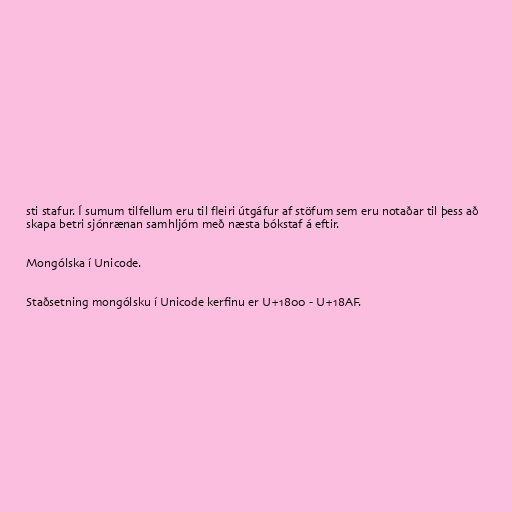
sti stafur. Í sumum tilfellum eru til fleiri útgáfur af stöfum sem eru notaðar til þess að
skapa betri sjónrænan samhljóm með næsta bókstaf á eftir.

Mongólska í Unicode.

Staðsetning mongólsku í Unicode kerfinu er U+1800 - U+18AF.